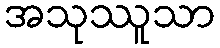
အသုဿူသာ